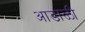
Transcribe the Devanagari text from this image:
आडाळी